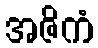
အဇိကံ